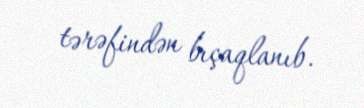
tərəfindən bıçaqlanıb.